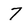
Character: 7